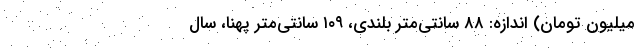
میلیون تومان) اندازه: ۸۸ سانتی‌متر بلندی، ۱۰۹ سانتی‌متر پهنا، سال